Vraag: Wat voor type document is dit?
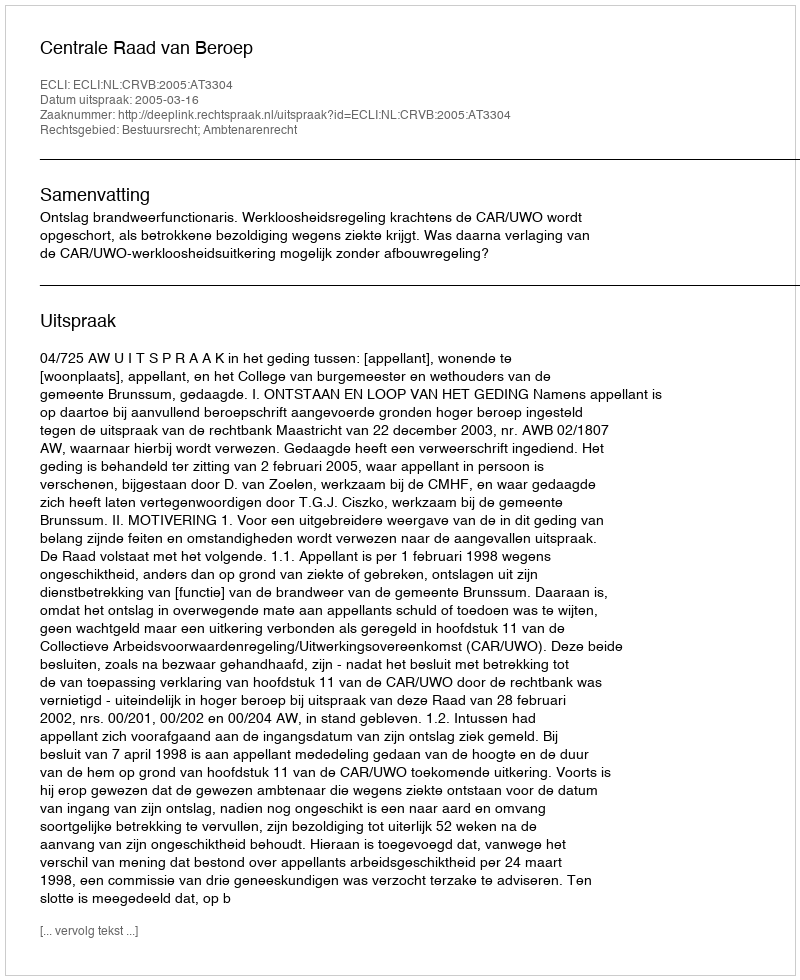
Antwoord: Uitspraak